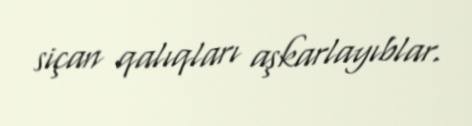
siçan qalıqları aşkarlayıblar.